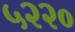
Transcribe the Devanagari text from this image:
५२२०